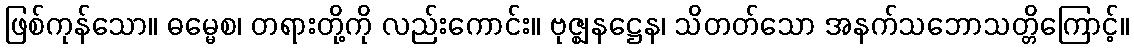
ဖြစ်ကုန်သော။ ဓမ္မေစ၊ တရားတို့ကို လည်းကောင်း။ ဗုဇ္ဈနဋ္ဌေန၊ သိတတ်သော အနက်သဘောသတ္တိကြောင့်။